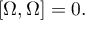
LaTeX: \left[ \Omega , \Omega \right] = 0 .